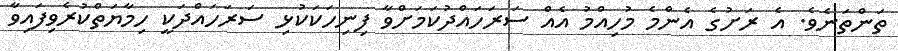
ތަންތަނެވެ. އެ ރަށުގެ އެންމެ މުހިއްމު އެއް ސަރަހައްދުކަމަށްވާ ފިނިހަކަކުޅި ސަރަހައްދަކީ ހިމާޔަތްކުރެވިފައިވާ